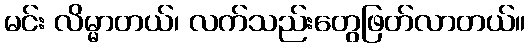
မင်း လိမ္မာတယ်၊ လက်သည်းတွေဖြတ်လာတယ်။